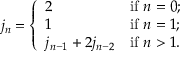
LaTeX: j _ { n } = { \left\{ \begin{array} { l l } { 2 } & { { \mathrm { i f ~ } } n = 0 ; } \\ { 1 } & { { \mathrm { i f ~ } } n = 1 ; } \\ { j _ { n - 1 } + 2 j _ { n - 2 } } & { { \mathrm { i f ~ } } n > 1 . } \end{array} \right. }